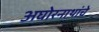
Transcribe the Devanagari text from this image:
अघोरनाथांचे